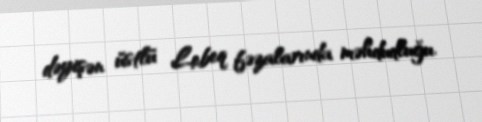
dəyişən üstlü Lebeq fəzalarında məhdudluğu.